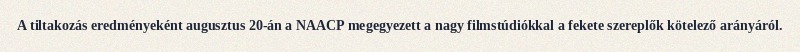
A tiltakozás eredményeként augusztus 20-án a NAACP megegyezett a nagy filmstúdiókkal a fekete szereplők kötelező arányáról.